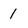
Character: 1